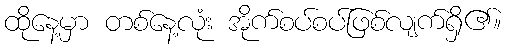
ထိုနေ့မှာ တစ်နေ့လုံး အိုက်စပ်စပ်ဖြစ်လျက်ရှိ၏။